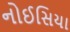
નોઈસિયા